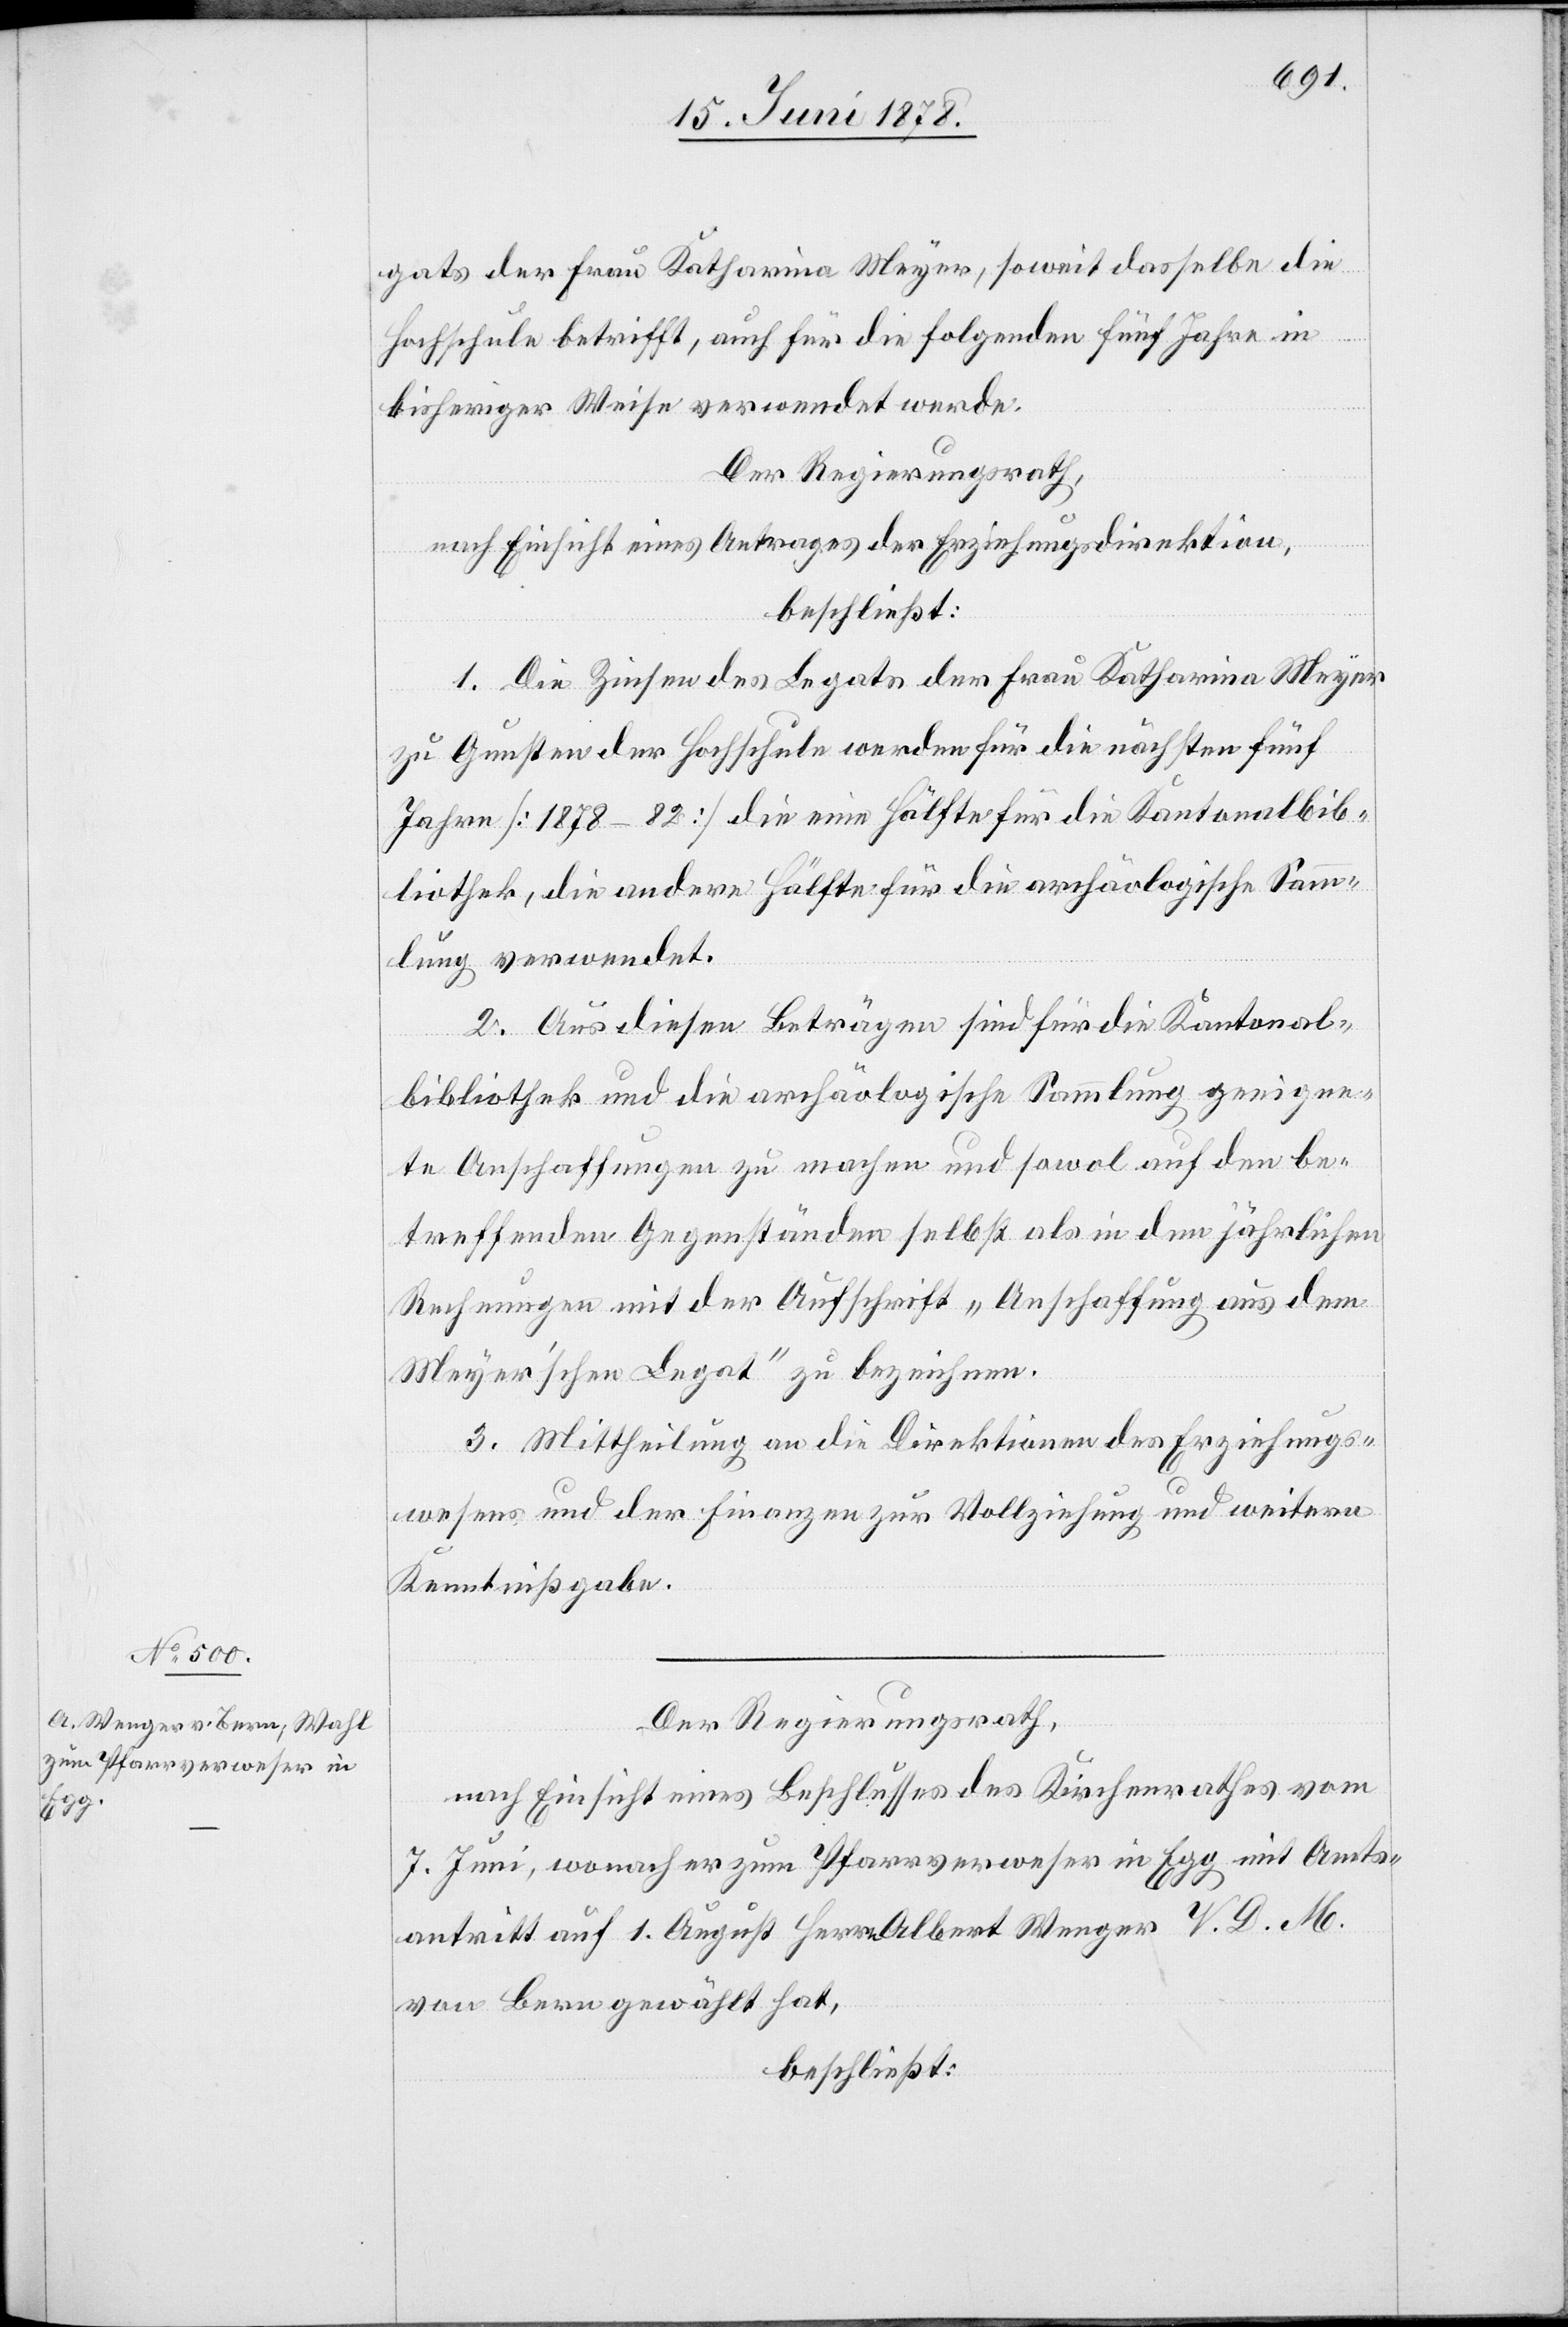
gats der Frau Katharina Meyer, soweit dasselbe die
Hochschule betrifft, auch für die folgenden fünf Jahre in
bisheriger Weise verwendet werde.
Der Regierungsrath,
nach Einsicht eines Antrages der Erziehungsdirektion,
beschließt:
1. Die Zinsen des Legats der Frau Katharina Meyer
zu Gunsten der Hochschule werden für die nächsten fünf
Jahre [1878–82] die eine Hälfte für die Kantonalbib¬
liothek, die andere Hälfte für die archäologische Sam¬
mlung verwendet.
2. Aus diesen Beträgen sind für die Kantonal¬
bibliothek und die archäologische Sammlung geeigne¬
te Anschaffungen zu machen und sowol auf den be¬
treffenden Gegenständen selbst als in den jährlichen
Rechnungen mit der Aufschrift „Anschaffung aus dem
Meyer’schen Legat“ zu bezeichnen.
3. Mittheilung an die Direktionen des Erziehungs¬
wesens und der Finanzen zur Vollziehung und weitern
Kenntnißgabe.
Der Regierungsrath,
nach Einsicht eines Beschlusses des Kirchenrathes vom
7. Juni, wonach er zum Pfarrverweser in Egg mit Amts¬
antritt auf 1. August Herrn Albert Wenger V. D. M.
von Bern gewählt hat,
beschließt: